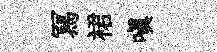
冩裙嗔